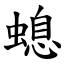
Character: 螅